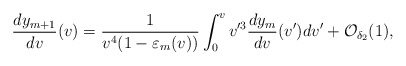
\begin{align*} \frac{dy_{m+1}}{dv}(v)=\frac{1}{v^4(1-\varepsilon_m(v))}\int_0^vv'^3\frac{dy_m}{dv}(v')dv'+\mathcal{O}_{\delta_2}(1),\end{align*}